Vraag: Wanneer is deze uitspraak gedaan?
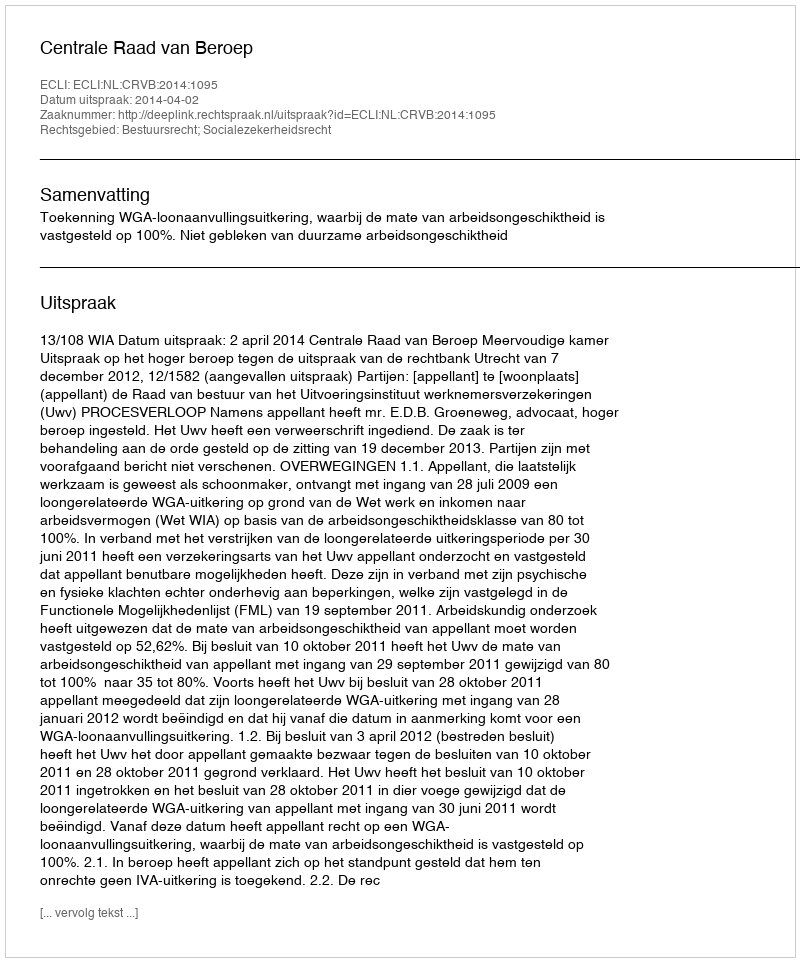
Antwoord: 2014-04-02